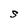
Character: S